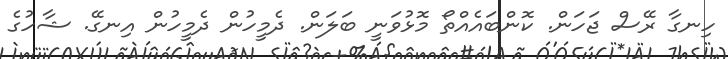
ހިނގާ ރޭސް ޖަހަން. ކޮންބައެއްތޯ މޮޅުވަނީ ބަލަން. ދެމީހުން ދެމީހުން އިނގޭ. ޝާހުގެ